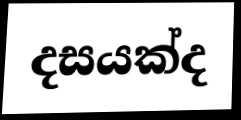
දසයක්ද